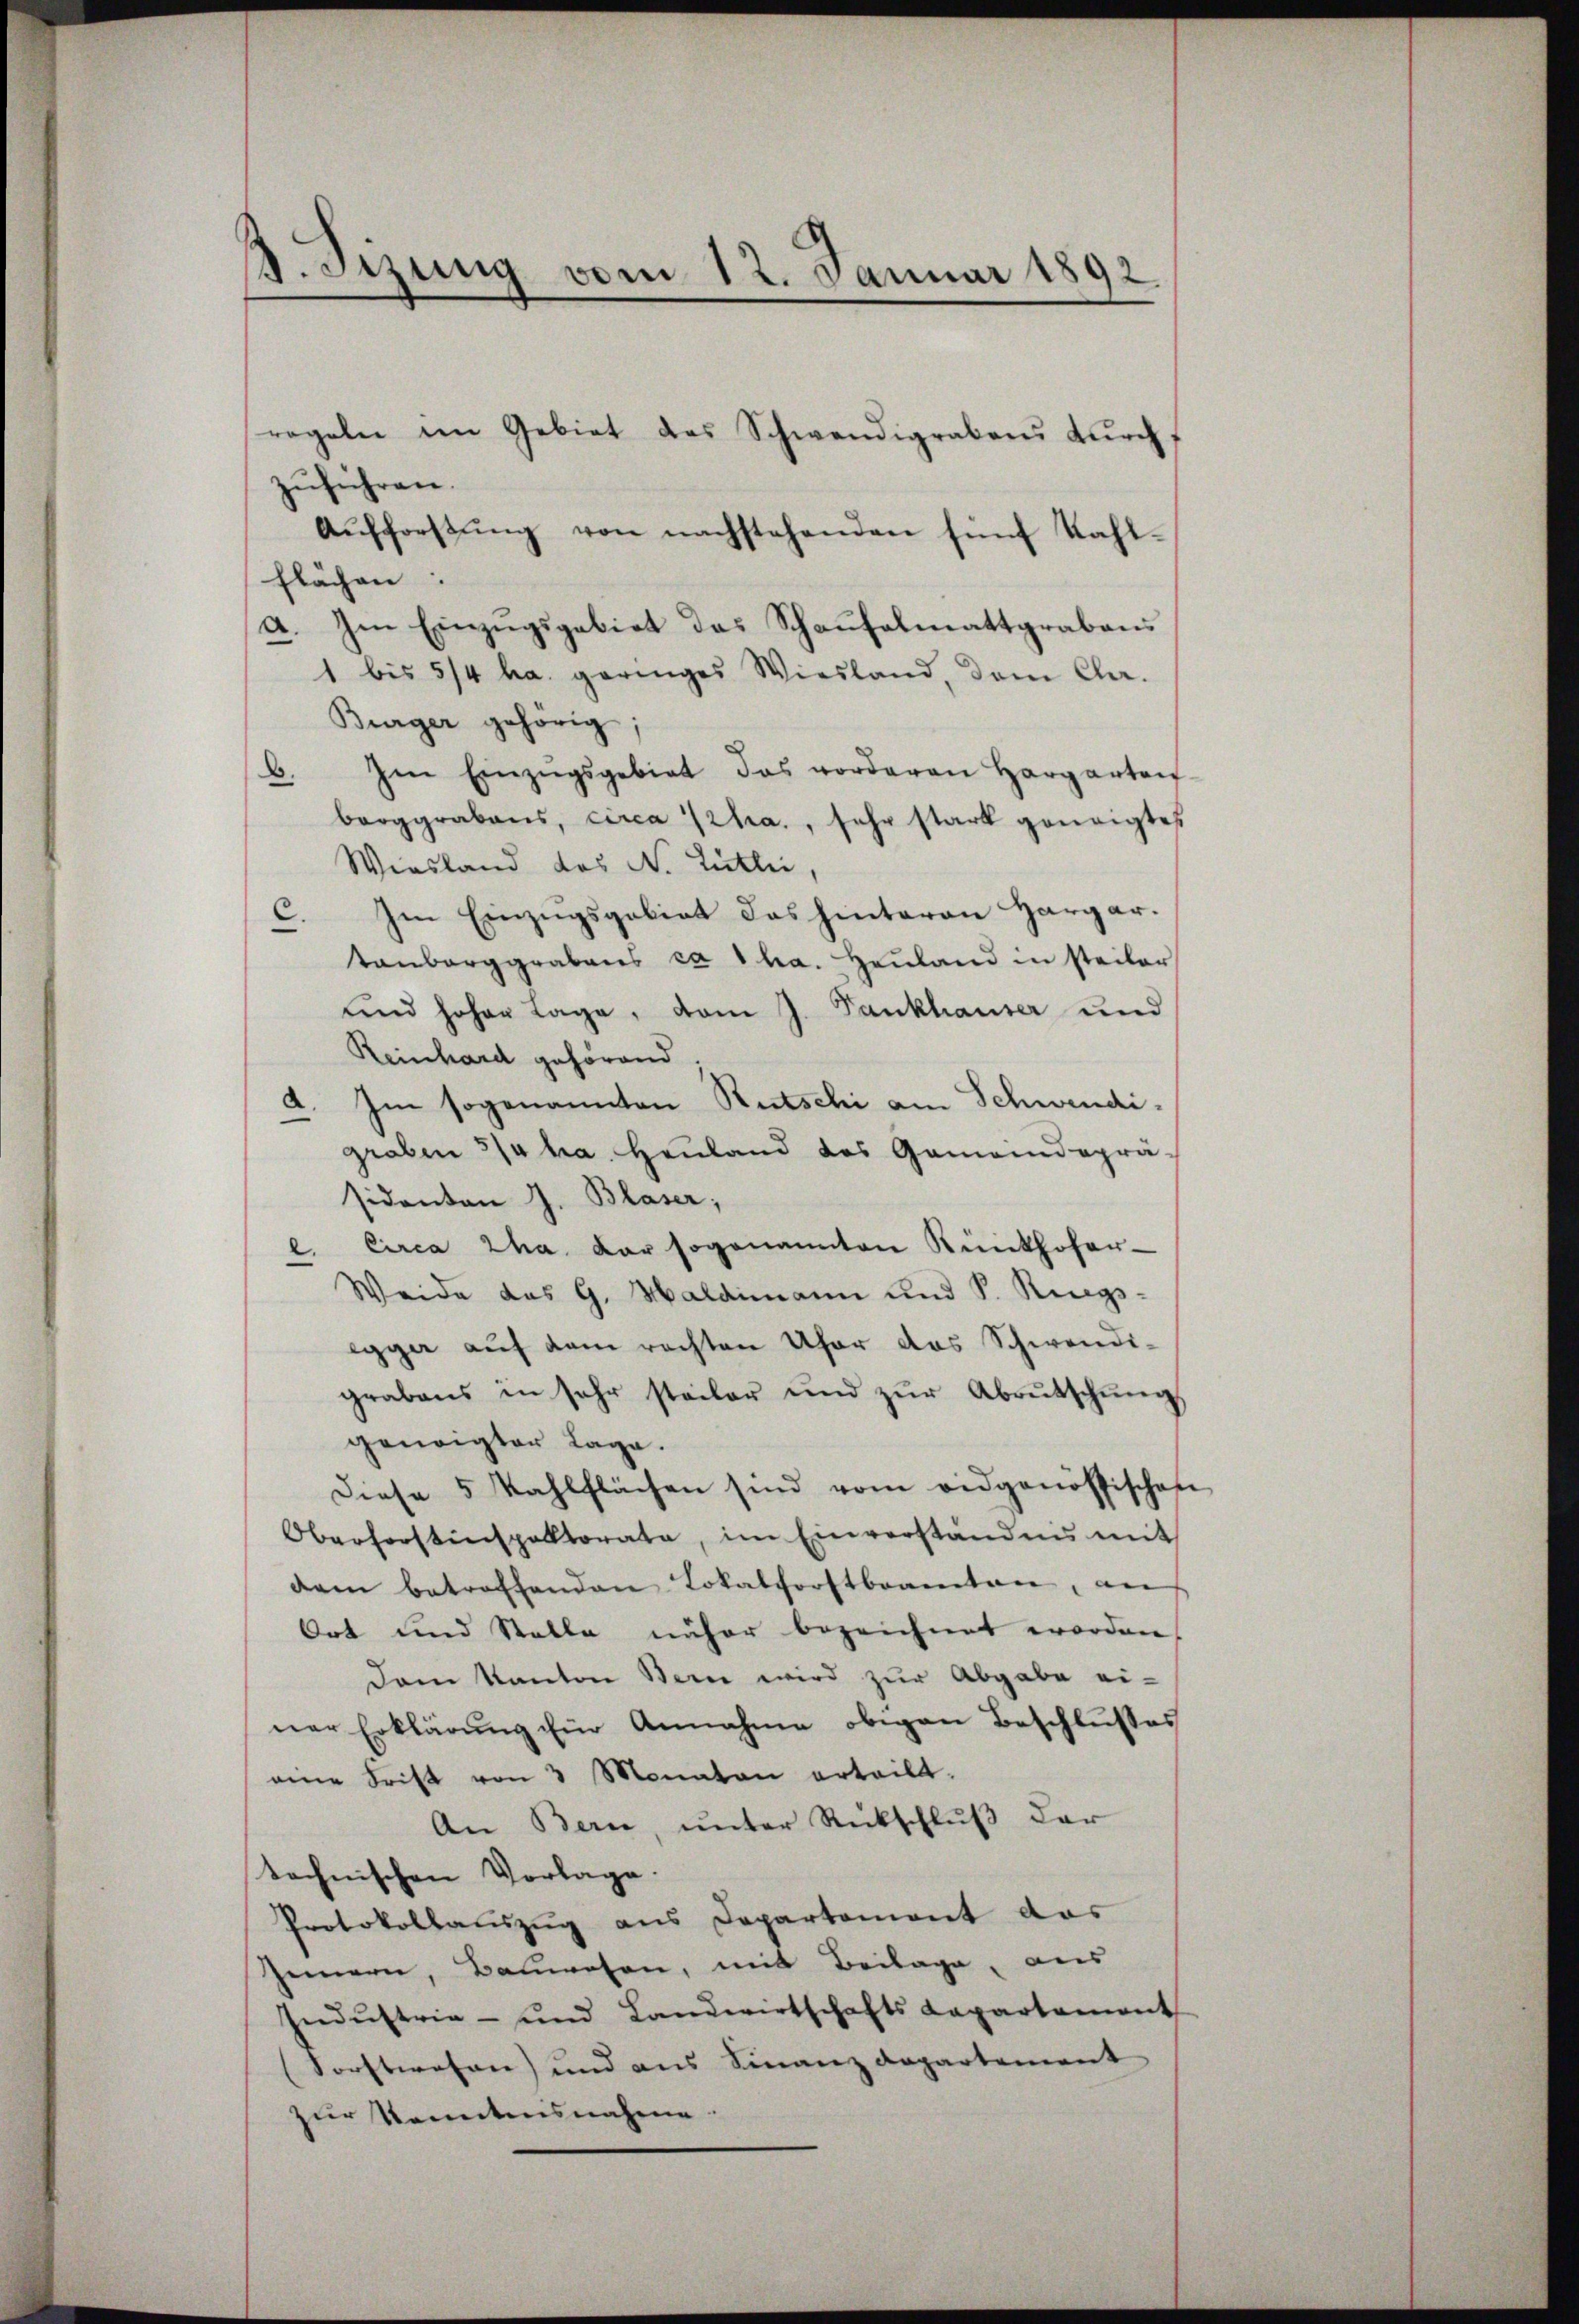
d. Stzung vom 12. Januar 1892.

regeln im Gebiet das Schwendigrabens durch,
zŭführen.
Aŭfforstŭng von nachstehenden fünf Kahl-
flächen:
a. Im Einzugsgebiet das Schaufelmattgrabens
1 bis 5/4 ha. geringes Wiesland, dem Cha-
Bürger gehörig;
Im Einzŭgsgebiet das vorderen Hargarten
B.
barggrabens, circa 1ha., sehr stark geneigtes
Wiesland das No Luthei
C. Im Einzugsgebiet das hinteren Hargartenbarggrabens ca 1 ha. Heuland in steiler
und hoher Lage, vom J. Fankhauser und
Reinhard gehörend
4. Im sogenannten Rutschi am Schwendigroben 3/4 ha. Heuland das Gemeindeprä-
sidenten J. Blaser;
e. Circa 2ha der sogenannten Künkhofer-
Weide des G. Haldimann und S. Ruegs-
egger auf dem rechten Ufer das Schwendigrabens in sehr steiler und zŭr Abrutschŭng
geneigter Lage.
diese 5 kahlflächen sind vom eidgenössische
Oberforstenspektorate, im Einverständnis mit
dem betroffenden Lokalforstbeamten, an
Ort und Stelle näher bezeichnet worden.
Dam Kanton Bern wird zur Abgabe ei-
ner Erklärŭng für Annahme obigen Beschlŭsses
eine Frist von 3 Monaten erteilt.
An Bern, unter Rückschluß der
technischen Vorlage.
Protokollauszug aus Departement das
Zemern, Bauwesen, mit Beilage, aus
Indŭstrie- und Landwirtschafts Lapartament
(Sorstwesen und aus Finanzdepartement
zur konntensnahme.

e